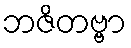
ဘဇိတဗ္ဗာ